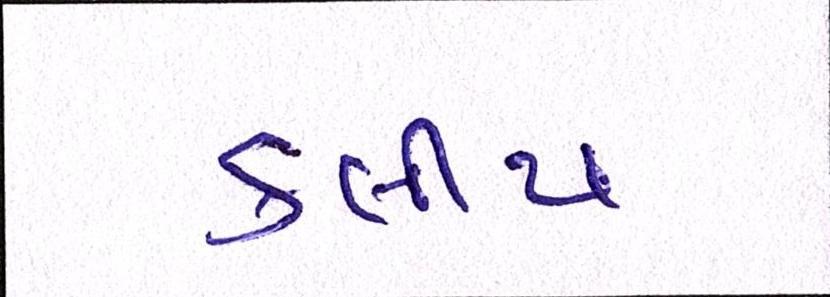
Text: કલીપ